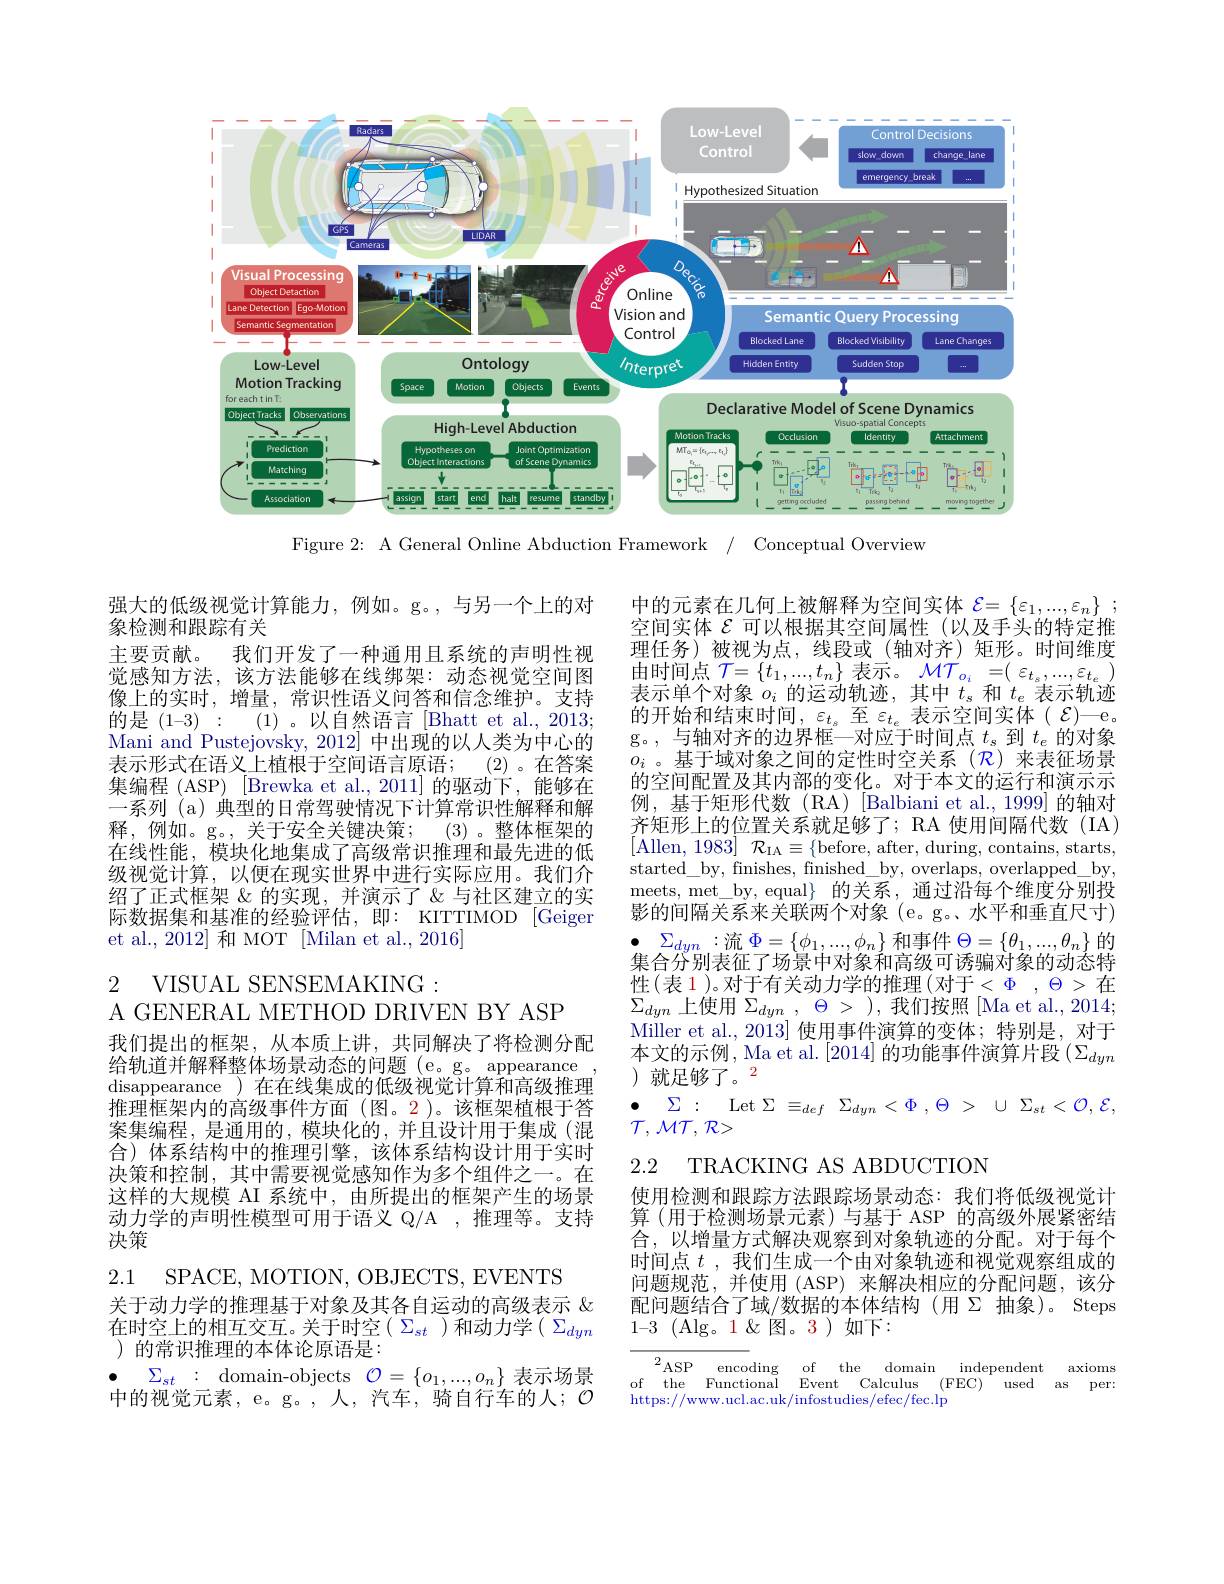
<FigureHere>

Figure 2: A General Online Abduction Framework / Conceptual Overview

强大的低级视觉计算能力，例如。g。,与另一个上的对
象检测和跟踪有关
主要贡献。我们开发了一种通用且系统的声明性视觉感知方法，该方法能够在线绑架：动态视觉空间图像上的实时，增量，常识性语义问答和信念维护。支持的是(1-3) : (1)。以自然语言[Bhatt et al.,2013; Mani and Pustejovsky, 2012] 中出现的以人类为中心的表示形式在语义上植根于空间语言原语；
(2)。在答案
集编程 (ASP) [Brewka et al.,2011] 的驱动下，能够在一系列 (a) 典型的日常驾驶情况下计算常识性解释和解释，例如。g。,关于安全关键决策；
(3)。整体框架的
在线性能，模块化地集成了高级常识推理和最先进的低级视觉计算，以便在现实世界中进行实际应用。我们介绍了正式框架 &的实现，并演示了&与社区建立的实际数据集和基准的经验评估，即：KITTIMOD [Geiger et al., 2012] 和 MOT [Milan et al., 2016]

中的元素在几何上被解释为空间实体$\mathcal{E} = \{ \varepsilon _1, . . . , \varepsilon _n\}$ ; 空间实体$\mathcal{E}$可以根据其空间属性(以及手头的特定推理任务)被视为点，线段或(轴对齐)矩形。时间维度由时间点 ${\mathcal{T} }= \{ t_1, . . . , t_n\}$ $表 示 。{\mathcal{M} }{\mathcal{T} }_{o_i}$ =( $\varepsilon _{t_s}, . . . , \varepsilon _{t_e}$ ) 表示单个对象$o_i$的运动轨迹，其中$t_s$和$t_e$表示轨迹的开始和结束时间，$\varepsilon_{t_s}$至$\varepsilon_{t_e}$表示空间实体( $\mathcal{E})$—e g。,与轴对齐的边界框—对应于时间点$t_s$到$t_e$的对象$o_i$ 。基于域对象之间的定性时空关系 ($\mathcal{R}$)来表征场景的空间配置及其内部的变化。对于本文的运行和演示示例，基于矩形代数(RA)[Balbiani et al.,1999]的轴对齐矩形上的位置关系就足够了；RA 使用间隔代数(IA) [Allen, 1983]$\mathcal{R}_\mathrm{IA}\equiv\{$before, after, during, contains, starts, started\_by, finishes, finished\_by, overlaps, overlapped\_by meets, met\_by, equal$\}$的关系，通过沿每个维度分别投影的间隔关系来关联两个对象(e。g。水平和垂直尺寸) $\Sigma_{dyn}:$流$\Phi=\{\underline{\phi}_1,...,\phi_n\}$ 和事件 $\Theta=\{\theta_1,...,\theta_n\}$ 的集合分别表征了场景中对象和高级可诱骗对象的动态特性(表 1 )。对于有关动力学的推理(对于$< \Phi$ $, \Theta >$在$\Sigma_{dyn}$上使用$\Sigma _dyn$ , $\Theta$ > ),我们按照[Ma et al.,2014; Miller et al., 2013] 使用事件演算的变体；特别是，对于本文的示例，Ma et al.[2014] 的功能事件演算片段$(\Sigma_dyn$ )就足够了。2
$\bullet$ $\Sigma :$ Let$\Sigma \equiv _def$ $\Sigma _{dyn}< \Phi$ $, \Theta >$ $\cup$ $\Sigma _{st}< \mathcal{O} , \mathcal{E}$
$\mathcal{T},\mathcal{M}\mathcal{T},\mathcal{R}>$

2 VISUAL SENSEMAKING:

A GENERAL METHOD DRIVEN BY ASP
我们提出的框架，从本质上讲，共同解决了将检测分配给轨道并解释整体场景动态的问题 (e。g。appearance disappearance ) 在在线集成的低级视觉计算和高级推理推理框架内的高级事件方面(图。2)。该框架植根于答案集编程，是通用的，模块化的，并且设计用于集成(混合) 体系结构中的推理引擎，该体系结构设计用于实时决策和控制，其中需要视觉感知作为多个组件之一。在这样的大规模 AI 系统中，由所提出的框架产生的场景动力学的声明性模型可用于语义 Q/A ,推理等。支持决策

2.2 TRACKING AS ABDUCTION

使用检测和跟踪方法跟踪场景动态：我们将低级视觉计算 (用于检测场景元素)与基于 ASP 的高级外展紧密结合，以增量方式解决观察到对象轨迹的分配。对于每个时间点$t$ ,我们生成一个由对象轨迹和视觉观察组成的问题规范，并使用 (ASP) 来解决相应的分配问题，该分配问题结合了域/数据的本体结构(用$\Sigma$ 抽象)。Steps $1-3\pmod{1}\&$图。3)如下：

2.1 SPACE, MOTION, OBJECTS, EVENTS
关于动力学的推理基于对象及其各自运动的高级表示$\&$ 在时空上的相互交互。关于时空$(\Sigma_{st})$和动力学$(\Sigma_dyn$ )的常识推理的本体论原语是：
$\bullet$ $\Sigma _{st}$ : domain-objects $\mathcal{O} = \{ o_1, . . . , o_n\}$表示场景中的视觉元素，e。g。,人，汽车，骑自行车的人；$\mathcal{O}$

$^{2}$ASP encoding of the domain independent axioms of the Functional Event Calculus (FEC) used as per: https://www.ucl.ac.uk/infostudies/efec/fec.lp